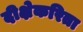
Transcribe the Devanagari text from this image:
दीक्षेकरिता